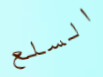
السلع